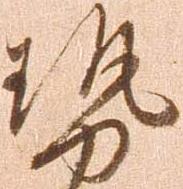
勢